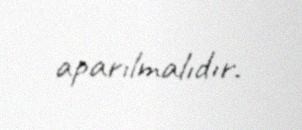
aparılmalıdır.